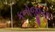
કનોજીયા